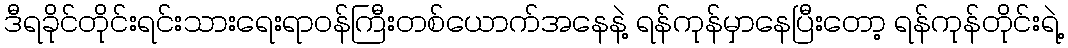
ဒီရခိုင်တိုင်းရင်းသားရေးရာဝန်ကြီးတစ်ယောက်အနေနဲ့ ရန်ကုန်မှာနေပြီးတော့ ရန်ကုန်တိုင်းရဲ့